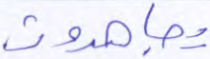
يجاهدون